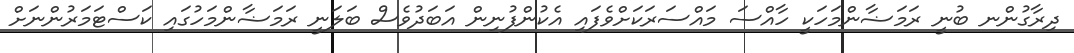
ދިރާގުންނ ބުނީ ރަމަޟާންމަހަކީ ހާއްސަ މައްސަރަކަށްވެފައި އެކުންފުނިން އަބަދުވެސް ބަލަނީ ރަަމަޟާންމަހުގައި ކަސްޓަމަރުންނަށް